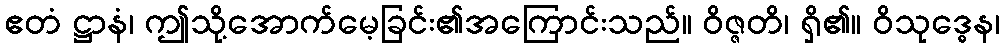
ဧတံ ဋ္ဌာနံ၊ ဤသို့အောက်မေ့ခြင်း၏အကြောင်းသည်။ ဝိဇ္ဇတိ၊ ရှိ၏။ ဝိသုဒ္ဓေန၊